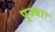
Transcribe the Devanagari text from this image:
पूज्याः